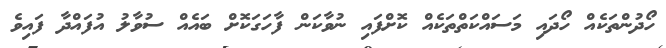
ހޯދުންތަކެއް ހޯދައި މަސައްކަތްތަކެއް ކޮށްފައި ނުވާކަން ފާހަގަކޮށް ބައެއް ސުވާލު އުފައްދާ ފައިވެ